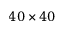
4 0 \times 4 0